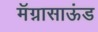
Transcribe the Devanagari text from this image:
मॅग्नासाऊंड